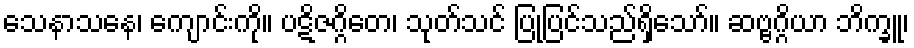
သေနာသနေ၊ ကျောင်းကို။ ပဋိဇဂ္ဂိတေ၊ သုတ်သင် ပြုပြင်သည်ရှိသော်။ ဆဗ္ဗဂ္ဂိယာ ဘိက္ခူ၊